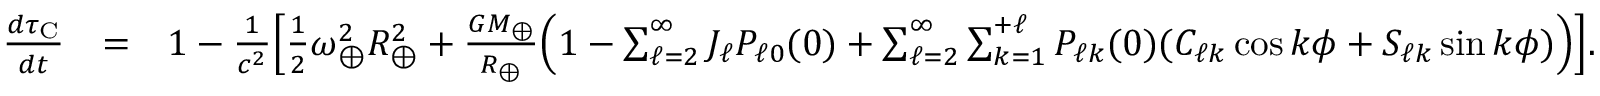
\begin{array} { r l r } { \frac { d \tau _ { \mathrm { C } } } { d t } } & { = } & { 1 - \frac { 1 } { c ^ { 2 } } \Big [ { \textstyle \frac { 1 } { 2 } } \omega _ { \oplus } ^ { 2 } R _ { \oplus } ^ { 2 } + \frac { G M _ { \oplus } } { R _ { \oplus } } \Big ( 1 - \sum _ { \ell = 2 } ^ { \infty } J _ { \ell } P _ { \ell 0 } ( 0 ) + \sum _ { \ell = 2 } ^ { \infty } \sum _ { k = 1 } ^ { + \ell } P _ { \ell k } ( 0 ) ( C _ { \ell k } \cos k \phi + S _ { \ell k } \sin k \phi ) \Big ) \Big ] . ~ ~ ~ ~ ~ } \end{array}